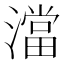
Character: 澢